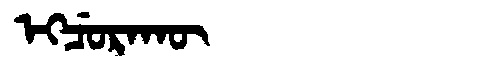
Manchu: ᡝᡴᠴᡠᡵᠠᡴᡡ
Romanization: EKCURAKŪ